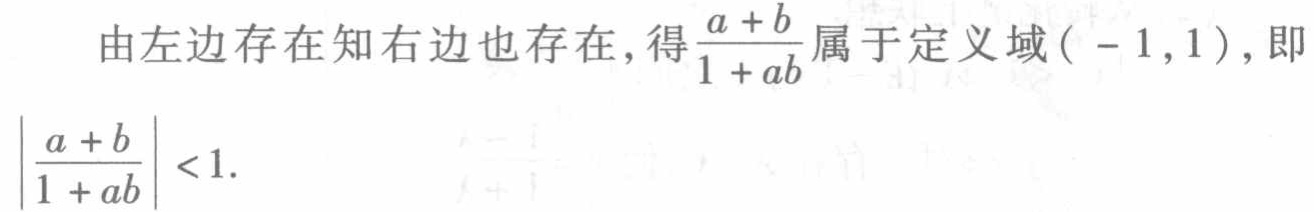
由左边存在知右边也存在,得$\frac{a + b}{1 + ab}$属于定义域$(-1,1)$,即
$\left|\frac{a + b}{1 + ab}\right|<1.$